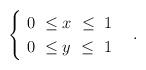
LaTeX: \begin{align*}\begin{cases}\ 0 \ \leq x \ \leq \ 1\\\ 0 \ \leq y \ \leq \ 1\end{cases}.\end{align*}